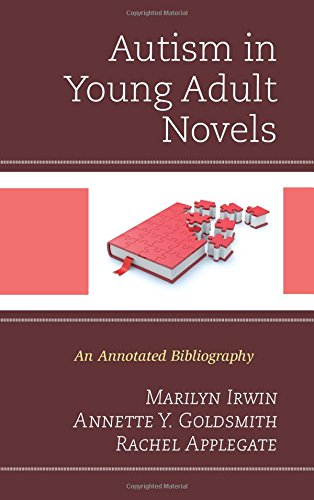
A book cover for Autism in Young Adult Novels: An Annotated Bibliography; Marilyn Irwin; Teen & Young Adult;